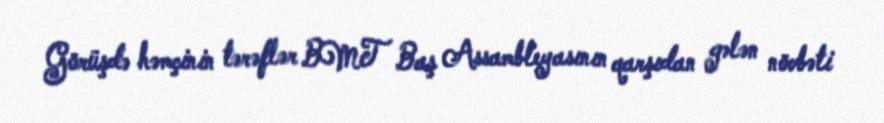
Görüşdə həmçinin tərəflər BMT Baş Assambleyasının qarşıdan gələn növbəti